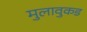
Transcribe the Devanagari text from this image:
मुलावुकड